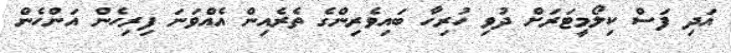
އަދި ފަސް ކިލޯމީޓަރަށް ދުވި ހުރިހާ ބައިވެރިންގެ ތެރެއިން އެއްވަނަ ފިރިހެން އަންހެން